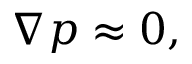
\nabla p \approx 0 ,